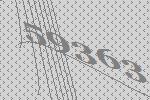
59363